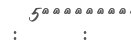
:      :